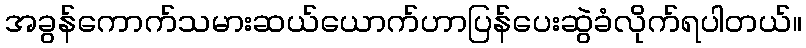
အခွန်ကောက်သမားဆယ်ယောက်ဟာပြန်ပေးဆွဲခံလိုက်ရပါတယ်။